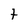
Character: t